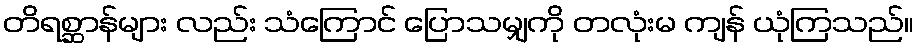
တိရစ္ဆာန်များ လည်း သံကြောင် ပြောသမျှကို တလုံးမ ကျန် ယုံကြသည်။